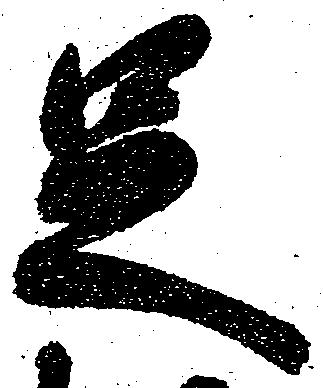
足